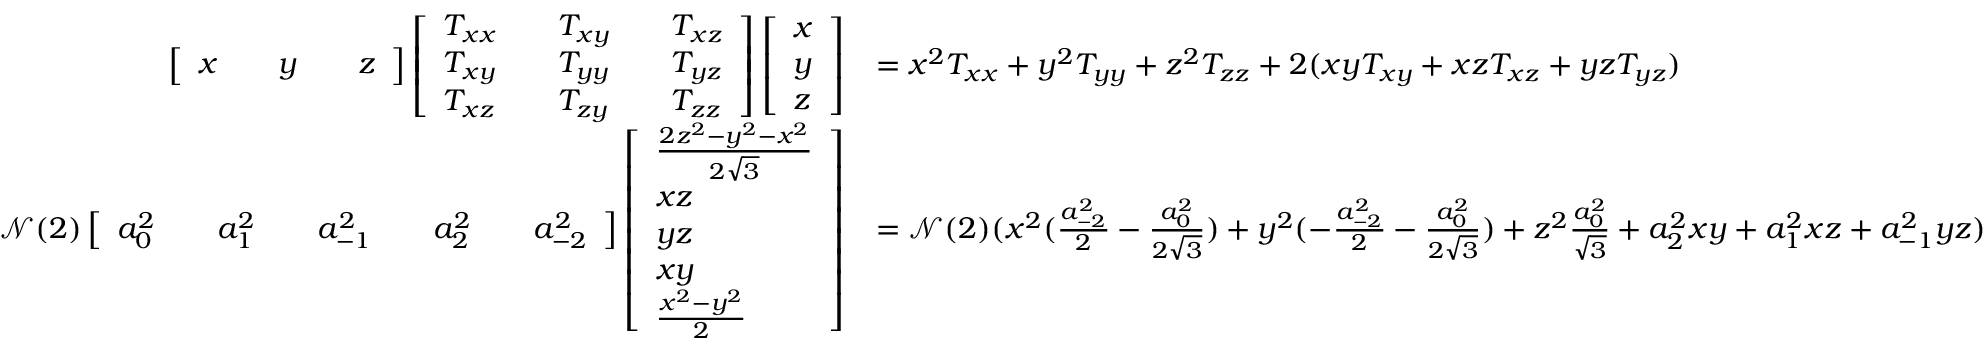
\begin{array} { r l } { \left[ \begin{array} { l l l l l } { x } & & { y } & & { z } \end{array} \right] \left[ \begin{array} { l l l l l } { T _ { x x } } & & { T _ { x y } } & & { T _ { x z } } \\ { T _ { x y } } & & { T _ { y y } } & & { T _ { y z } } \\ { T _ { x z } } & & { T _ { z y } } & & { T _ { z z } } \end{array} \right] \left[ \begin{array} { l } { x } \\ { y } \\ { z } \end{array} \right] } & { = x ^ { 2 } T _ { x x } + y ^ { 2 } T _ { y y } + z ^ { 2 } T _ { z z } + 2 ( x y T _ { x y } + x z T _ { x z } + y z T _ { y z } ) } \\ { \mathcal { N } ( 2 ) \left[ \begin{array} { l l l l l l l l l } { a _ { 0 } ^ { 2 } } & & { a _ { 1 } ^ { 2 } } & & { a _ { - 1 } ^ { 2 } } & & { a _ { 2 } ^ { 2 } } & & { a _ { - 2 } ^ { 2 } } \end{array} \right] \left[ \begin{array} { l } { \frac { 2 z ^ { 2 } - y ^ { 2 } - x ^ { 2 } } { 2 \sqrt { 3 } } } \\ { x z } \\ { y z } \\ { x y } \\ { \frac { x ^ { 2 } - y ^ { 2 } } { 2 } } \end{array} \right] } & { = \mathcal { N } ( 2 ) ( x ^ { 2 } ( \frac { a _ { - 2 } ^ { 2 } } { 2 } - \frac { a _ { 0 } ^ { 2 } } { 2 \sqrt { 3 } } ) + y ^ { 2 } ( - \frac { a _ { - 2 } ^ { 2 } } { 2 } - \frac { a _ { 0 } ^ { 2 } } { 2 \sqrt { 3 } } ) + z ^ { 2 } \frac { a _ { 0 } ^ { 2 } } { \sqrt { 3 } } + a _ { 2 } ^ { 2 } x y + a _ { 1 } ^ { 2 } x z + a _ { - 1 } ^ { 2 } y z ) } \end{array}